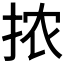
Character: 𫼮